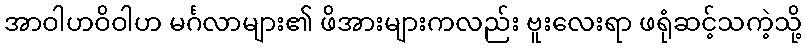
အာဝါဟဝိဝါဟ မင်္ဂလာများ၏ ဖိအားများကလည်း ဗူးလေးရာ ဖရုံဆင့်သကဲ့သို့